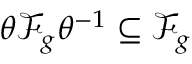
{ \theta \mathscr { F } _ { g } \theta ^ { - 1 } \subseteq \mathscr { F } _ { g } }